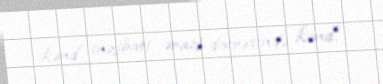
kənd inzibati ərazi dairəsində kənd.